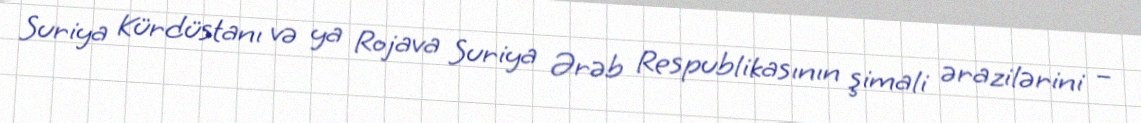
Suriya Kürdüstanı və ya Rojava Suriya Ərəb Respublikasının şimali ərazilərini –